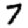
Digit: 7